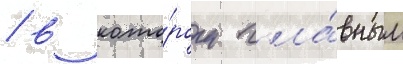
/ в кото́ром гла́вным